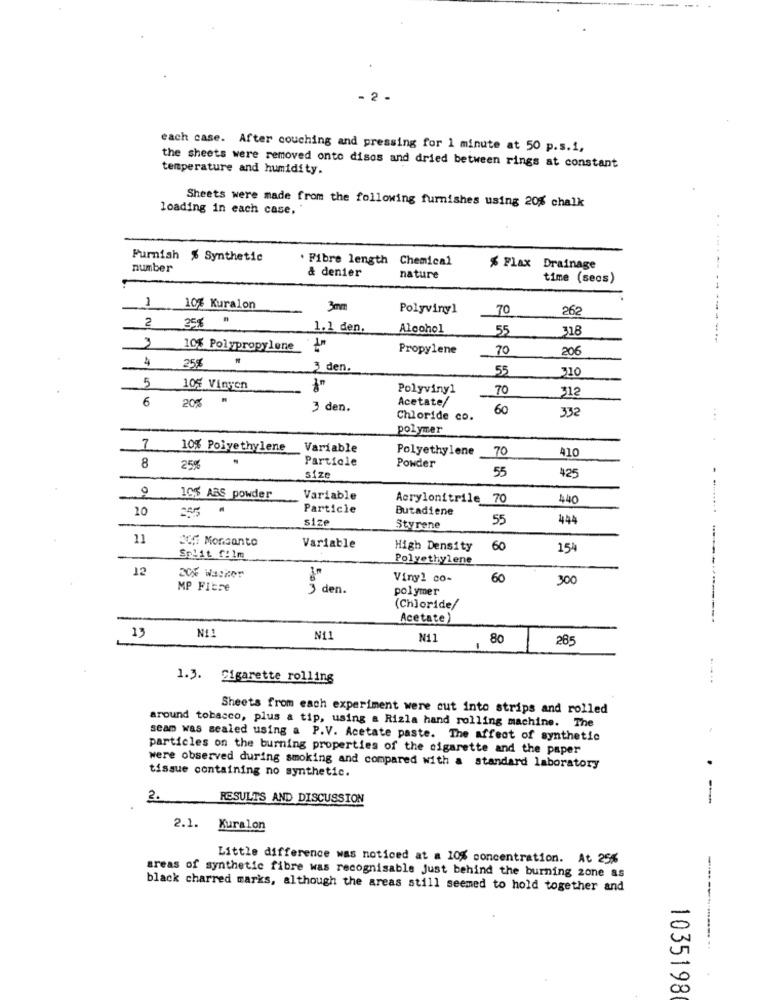
- 2 -
each case. After couching and pressing for 1 minute at 50 p.s.1,
temperature and humidity.
the sheets were removed onto disos and dried between rings at constant
loading in each case,
Sheets were made from the following furnishes using 20% chalk
Furnish % Synthetic
Fibre length Chemical
number
& denier
% Flax Drainage
nature
time (secs)
10% Kuralon
3mm
Polyvinyl
70
262
25% "
2
1.1 den,
Alcohol
55
318
---
10% Polypropylene
Propylene
70
206
4
25%
3 den.
55
310
5
105 Vingen
Polyvinyl
70
312
6
20%
Acetate/
3 den.
60
Chloride co.
...
polymer
7
10% Polyethylene
Variable
Polyethylene
70
8
.
Particle
410
259
Powder
55
425
size
0
103 ABS powder
Variable
Acrylonitrile 70
440
10
.
Particle
Butadiene
. ........ .
size
55
444
Styrene
11
CC, Monsanto
Variable
High Density
60
154
Split film
Polyethylene
12
Vinyl co-
60
300
MP Fibre
den.
polymer
(Chloride/
Acetate)
N11
13
N11
N11
80
285
1.3. Cigarette rolling
.-...
Sheets from each experiment were cut into strips and rolled
around tobacco, plus a tip, using a Rizla hand rolling machine. The
seam was sealed using a P.V. Acetate paste. The affect of synthetic
particles on the burning properties of the cigarette and the paper
tissue containing no synthetic.
were observed during smoking and compared with a standard laboratory
2.
RESULTS AND DISCUSSION
--
2.1. Kuralon
Little difference was noticed at a 10% concentration. At 25%
areas of synthetic fibre was recognisable Just behind the burning zone as
black charred marks, although the areas still seemed to hold together and
1035198